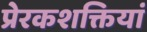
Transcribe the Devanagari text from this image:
प्रेरकशक्तियां